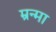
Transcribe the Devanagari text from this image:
म्रन्मा